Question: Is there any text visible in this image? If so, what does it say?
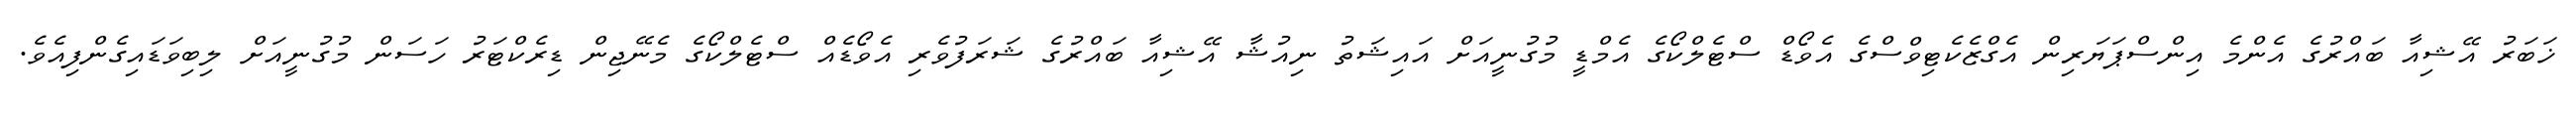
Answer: ޚަބަރު އޭޝިއާ ބައްރުގެ އެންމެ އިންސްޕަޔަރިން އެގްޒެކެޓިވްސްގެ އެވޯޑް ސްޓެލްކޯގެ އެމްޑީ މުގުނީއަށް އައިޝަތު ނިއުޝާ އޭޝިއާ ބައްރުގެ ޝަރަފުވެރި އެވޯޑެއް ސްޓެލްކޯގެ މެނޭޖިން ޑިރެކްޓަރު ހަސަން މުގުނީއަށް ލިބިވަޑައިގެންފިއެވެ.